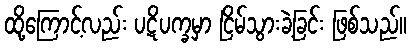
ထို့ကြောင့်လည်း ပဋိပက္ခမှာ ငြိမ်သွားခဲ့ခြင်း ဖြစ်သည်။